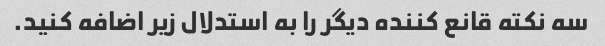
سه نکته قانع کننده دیگر را به استدلال زیر اضافه کنید.